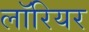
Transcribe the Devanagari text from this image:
लॉरियर